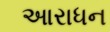
આરાધન